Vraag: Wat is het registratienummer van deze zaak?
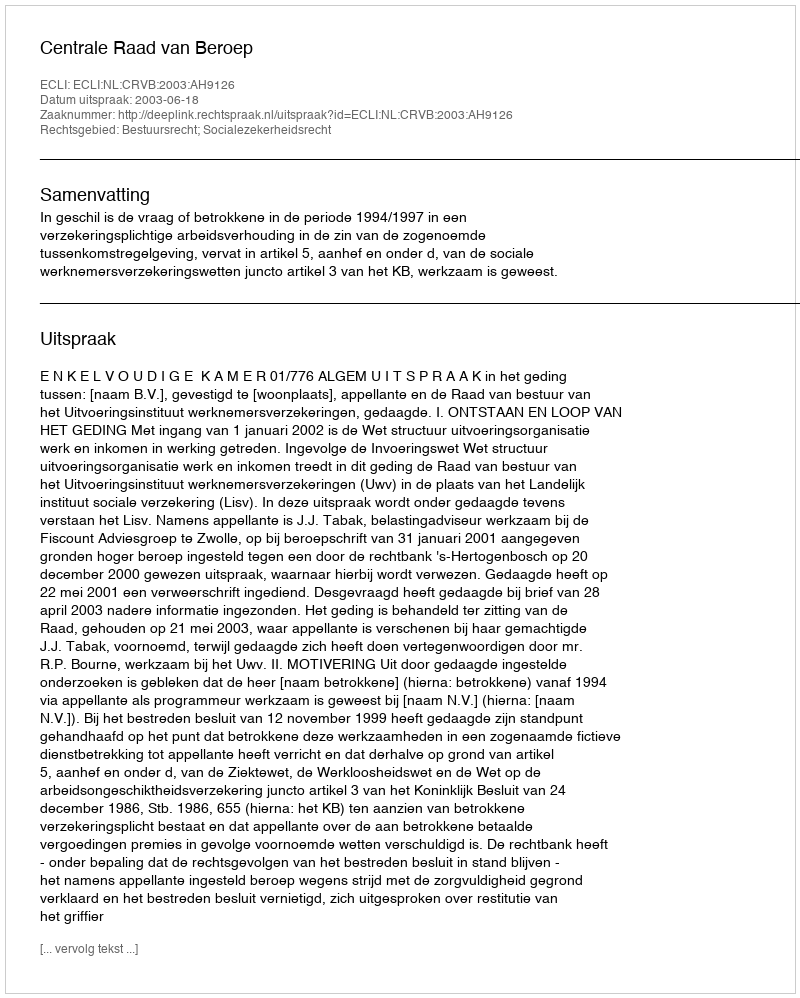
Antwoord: http://deeplink.rechtspraak.nl/uitspraak?id=ECLI:NL:CRVB:2003:AH9126